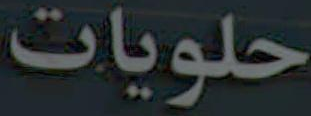
حلويات